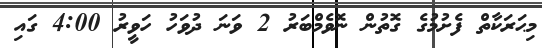
މިޙަރަކާތް ފެށުމުގެ ގޮތުން ނޮވެމްބަރު 2 ވަނަ ދުވަހު ހަވީރު 4:00 ގައި